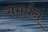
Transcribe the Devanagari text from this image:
समर्पन